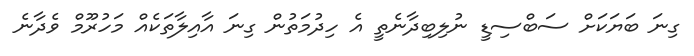
ގިނަ ބަޔަކަށް ސަބްސިޑީ ނުލިބިދާނެތީ އެ ހިދުމަތުން ގިނަ އާއިލާތަކެއް މަހުރޫމް ވެދާނެ